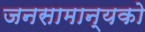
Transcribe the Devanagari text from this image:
जनसामान्‍यको